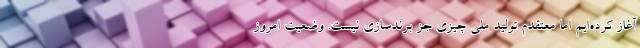
آغاز کرده‌ایم اما معتقدم تولید ملی چیزی جز برندسازی نیست. وضعیت امروز